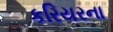
કરિયરના